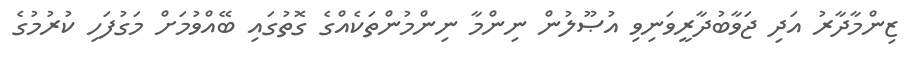
ޒިންމާދާރު އަދި ޖަވާބުދާރީވަނިވި އުޞޫލުން ނިންމާ ނިންމުންތަކެއްގެ ގޮތުގައި ބޭއްވުމަށް މަގުފަހި ކުރުމުގެ